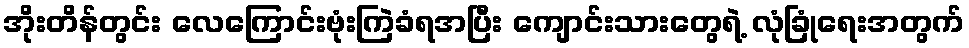
အိုးတိန်တွင်း လေကြောင်းဗုံးကြဲခံရအပြီး ကျောင်းသားတွေရဲ့ လုံခြုံရေးအတွက်